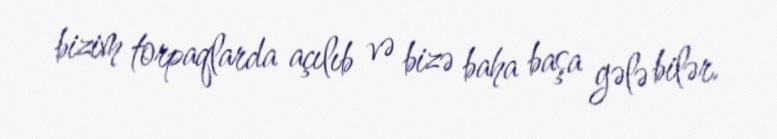
bizim torpaqlarda açılıb və bizə baha başa gələ bilər.